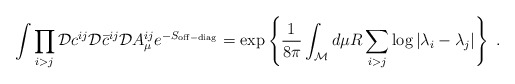
\begin{align*}\int \prod_{i>j} {\cal D}c^{ij}{\cal D}\bar{c}^{ij}{\cal D}A_{\mu}^{ij}e^{-S_{\rm off-diag}}= \exp \left\{{1 \over 8 \pi} \int_{\cal M} d\mu R \sum_{i>j} \log |\lambda_i -\lambda_j| \right\}~.\end{align*}